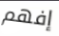
إفهم